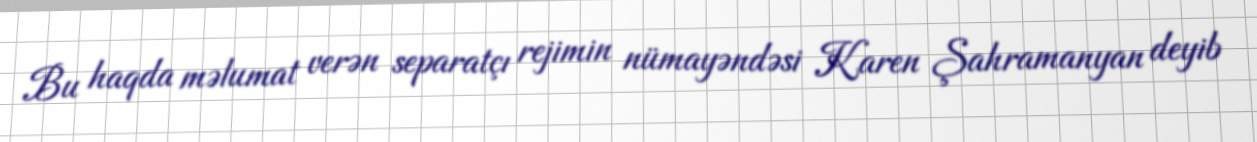
Bu haqda məlumat verən separatçı rejimin nümayəndəsi Karen Şahramanyan deyib